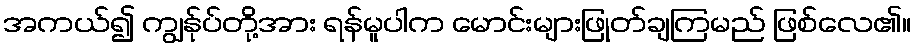
အကယ်၍ ကျွန်ုပ်တို့အား ရန်မူပါက မောင်းများဖြုတ်ချကြမည် ဖြစ်လေ၏။